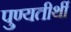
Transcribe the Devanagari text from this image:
पुण्यतीर्थी